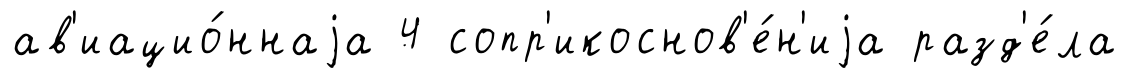
ав'иацио́ннаjа 4 сопр'икоснов'е́н'иjа разд'е́ла